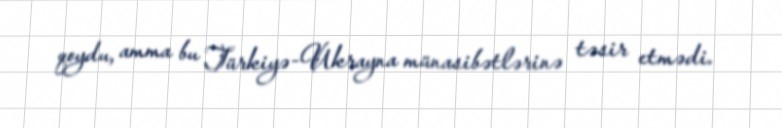
qoydu, amma bu Türkiyə-Ukrayna münasibətlərinə təsir etmədi.